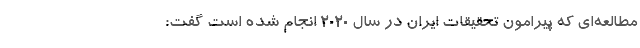
مطالعه‌ای که پیرامون تحقیقات ایران در سال ۲۰۲۰ انجام شده است گفت: